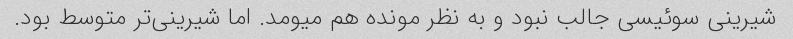
شیرینی سوئیسی جالب نبود و به نظر مونده هم میومد. اما شیرینی‌تر متوسط بود.